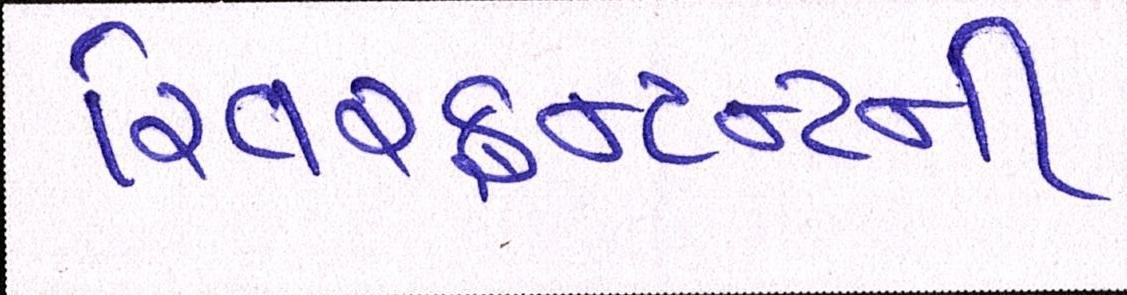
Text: રિવરફ્રન્ટની